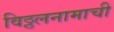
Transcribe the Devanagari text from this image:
विठ्ठलनामाची